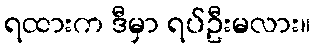
ရထားက ဒီမှာ ရပ်ဦးမလား။